Vaccination United Provinces of Agra and Oudh 1923-1928 - 1923-1928
Year: 1923
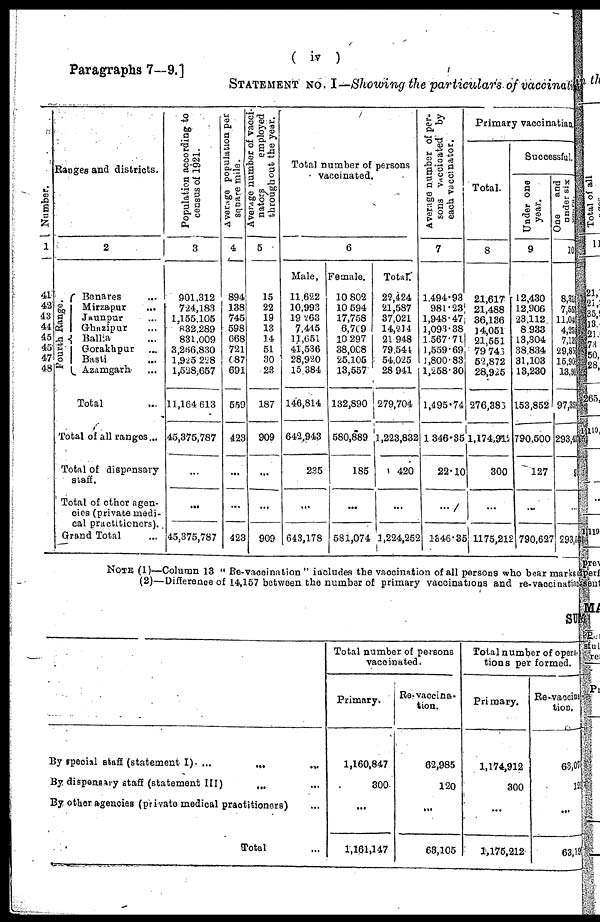
( iv )
Paragraphs 7—9.]
STATEMENT NO. I.—Showing the particulars of vaccinat
Number.
1
41
42
43
44
45
46
47
48
Ranges and districts.
2
Fourth Range.
Benares ...
Mirzapur ...
Jaunpur ...
Ghazipur ...
Ballia ...
Gorakhpur ...
Basti ...
Azamgarh ...
Total ...
Total of all ranges ...
Total of dispensary
staff.
Total of other agen¬
cies (private medi-
cal practitioners).
Grand Total ...
Population according to
census of 1921.
3
901,312
724,183
1,155,105
832,289
831,009
3,266,830
1,925,228
1,528,657
11,164,613
45,375,787
...
...
45,375,787
Average population per
square mile.
4
894
138
745
598
668
721
687
691
559
423
...
...
423
Average number of vacci¬
nators
employed
throughout the year.
5
15
22
19
13
14
51
30
23
187
909
...
...
909
Total number of persons
vaccinated.
6
Male,
11,622
10,993
19,263
7,445
11,651
41,536
28,920
15,384
146,814
642,943
235
...
643,178
Female.
10,802
10,594
17,758
6,709
10,297
38,008
25,105
13,557
132,890
580,889
185
...
581,074
Total.
22,424
21,587
37,021
14,214
21,948
79,544
54,025
28,941
279,704
1,223,832
420
...
1,224,252
Average number of per-
sons vaccinated by
each vaccinator.
7
1,494.93
981.23
1,948.47
1,093.38
1,567.71
1,559.69
1,800.83
1,258.30
1,495.74
1,346.35
22.10
...
1346.35
Primary vaccination.
Total.
8
21,617
21,488
36,136
14,051
21,551
79,746
52,872
28,925
276,386
1,174,912
300
...
1175,212
Successful.
Under one
year.
9
12,430
12,906
23,112
8,933
13,304
38,834
31,103
13,230
153,852
790,500
127
...
790,627
One
and
under six
10
8,31
7,55
11,04
4,25
7,13
29,85
15,9
13,30
97,35
293,45
9
...
293,52
NOTE (1)—Column 13 “Re-vaccination" includes the vaccination of all persons who bear marks
(2)—Difference of 14,157 between the number of primary vaccinations and re-vaccination
SUM
By special staff (statement I). ... ... ...
By dispensray staff (statement III) ... ... ...
By other agencies (private medical practitioners) ...
Total ...
Total number of persons
vaccinated.
Primary.
1,160,847
300
...
1,161,147
Re-vaccina-
tion.
62,985
120
...
63,105
Total number of opera¬
tions performed.
Primary.
1,174,912
300
...
1,175,212
Re-vaccina¬
tion.
63,07
12
...
63,19